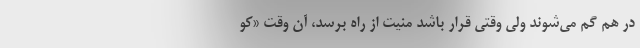
در هم گم می‌شوند ولی وقتی قرار باشد منیّت از راه برسد، آن وقت «کو